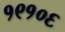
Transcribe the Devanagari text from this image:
१९१०६